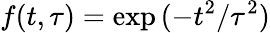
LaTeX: f(t,\tau)=\exp{(-t^{2}/\tau^{2})}